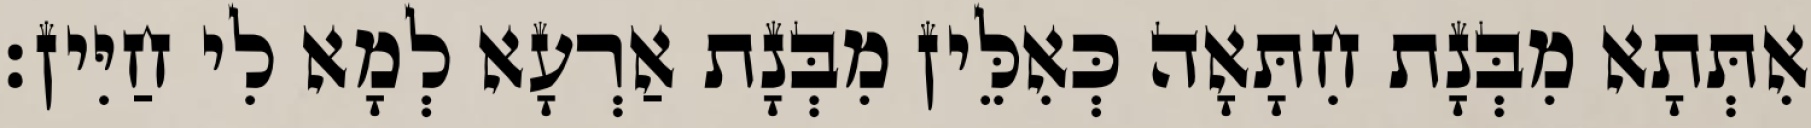
אִתְּתָא מִבְּנָת חִתָּאָה כְּאִלֵּין מִבְּנָת אַרְעָא לְמָא לִי חַיִּין׃